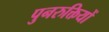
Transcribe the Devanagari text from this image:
पुनरुक्तियों